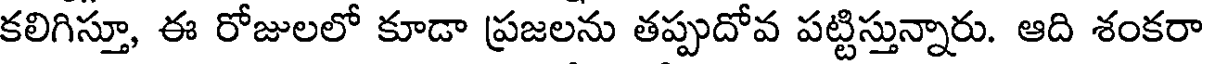
కలిగిస్తూ, ఈ రోజులలో కూడా ప్రజలను తప్పుదోవ పట్టిస్తున్నారు. ఆది శంకరా